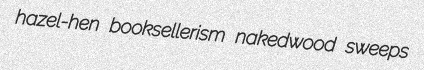
hazel-hen booksellerism nakedwood sweeps